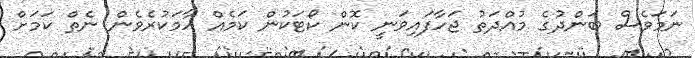
ނަމަވެސް ބަންދުގެ މުއްދަތު ޖަހާފައިވަނީ ކޮން ކޯޓަކުން ކަމެއް ހާމަކުރެވެން ނެތް ކަމަށް